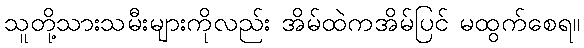
သူတို့သားသမီးများကိုလည်း အိမ်ထဲကအိမ်ပြင် မထွက်စေရ။